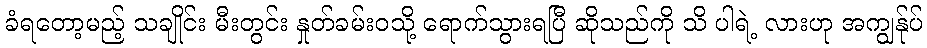
ခံရတော့မည့် သချိုင်း မီးတွင်း နှုတ်ခမ်းဝသို့ ရောက်သွားရပြီ ဆိုသည်ကို သိ ပါရဲ့ လားဟု အကျွန်ုပ်